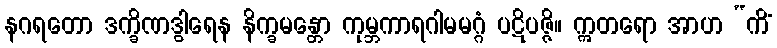
နဂရတော ဒက္ခိဏဒွါရေန နိက္ခမန္တော ကုမ္ဘကာရဂါမမဂ္ဂံ ပဋိပဇ္ဇိ။ ဣတရော အာဟ “ကိံ